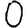
Digit: 0